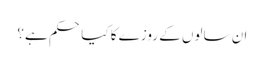
ان سالوں کے روزے کا کیا حکم ہے؟